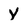
Character: Y